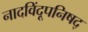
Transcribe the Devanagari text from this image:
नादविंदूपनिषद्